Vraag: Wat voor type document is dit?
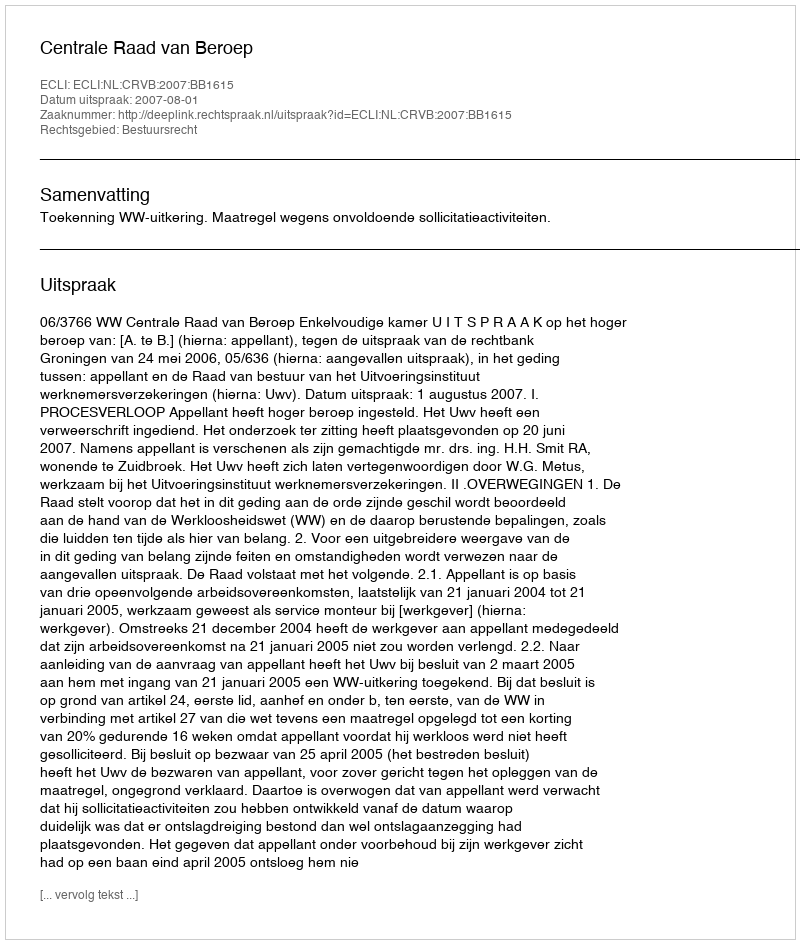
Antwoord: Uitspraak